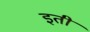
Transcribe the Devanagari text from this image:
इती